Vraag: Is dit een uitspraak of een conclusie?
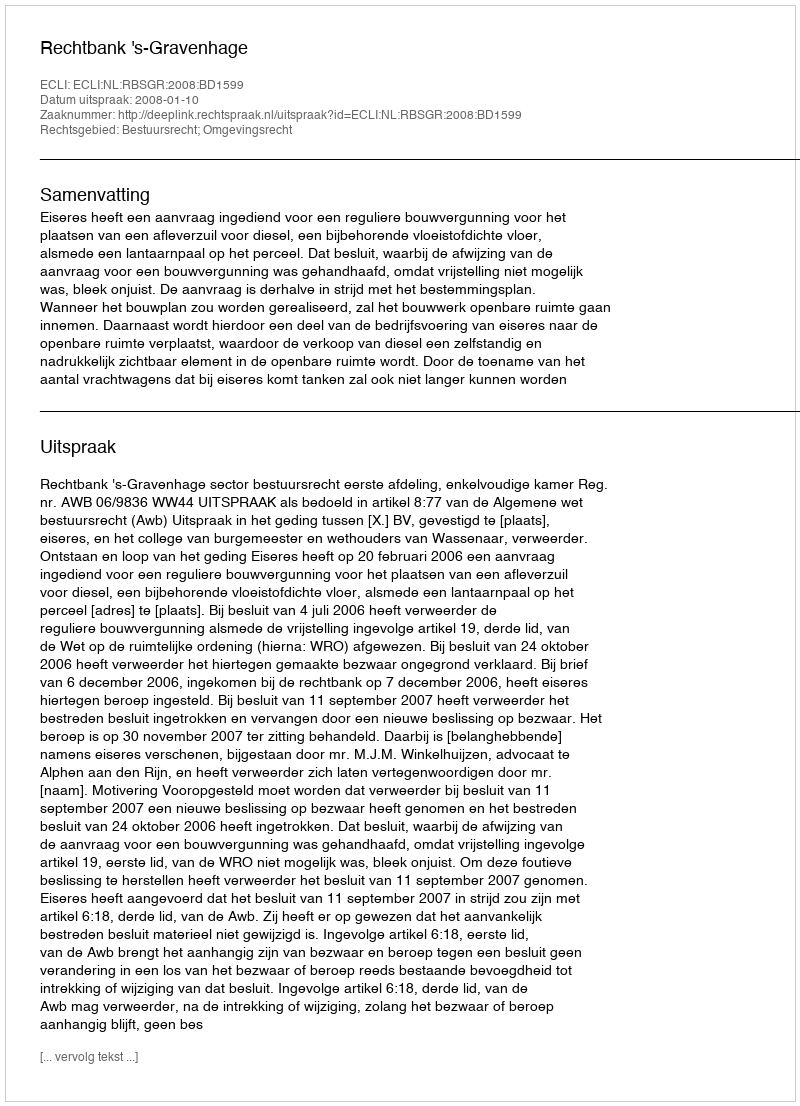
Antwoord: Uitspraak